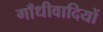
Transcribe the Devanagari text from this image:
गाँधीवादियों